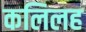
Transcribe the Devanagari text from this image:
कलिलह